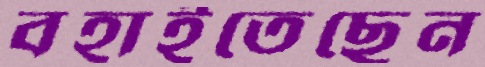
বহাইতেছেন